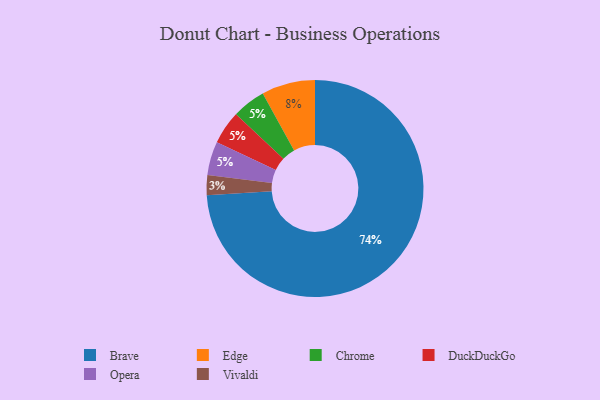
{"axis": {"x": "Category", "y": "Percentage"}, "legend": ["Brave", "Chrome", "DuckDuckGo", "Edge", "Opera", "Vivaldi"], "data": [{"x": "Brave", "y": 74, "type": "Brave"}, {"x": "Chrome", "y": 5, "type": "Chrome"}, {"x": "Edge", "y": 8, "type": "Edge"}, {"x": "DuckDuckGo", "y": 5, "type": "DuckDuckGo"}, {"x": "Opera", "y": 5, "type": "Opera"}, {"x": "Vivaldi", "y": 3, "type": "Vivaldi"}]}